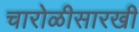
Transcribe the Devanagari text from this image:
चारोळीसारखी